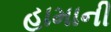
હામાની